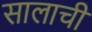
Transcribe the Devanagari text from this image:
सालाची